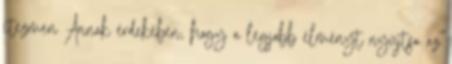
itezmen Annak érdekében, hogy a legjobb élményt nyújtsa az